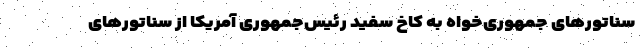
سناتورهای جمهوری‌خواه به کاخ سفید رئیس‌جمهوری آمریکا از سناتورهای